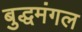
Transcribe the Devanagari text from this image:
बुद्धमंगल